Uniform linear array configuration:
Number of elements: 48
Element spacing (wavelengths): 0.25
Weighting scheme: uniform
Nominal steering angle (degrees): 15
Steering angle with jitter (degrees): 13.272
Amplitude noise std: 0.05
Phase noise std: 0.05

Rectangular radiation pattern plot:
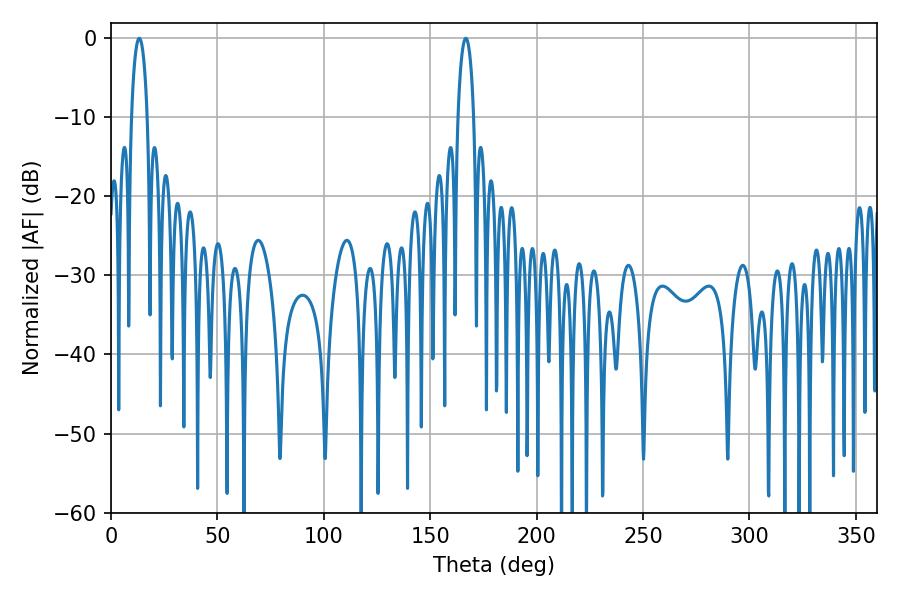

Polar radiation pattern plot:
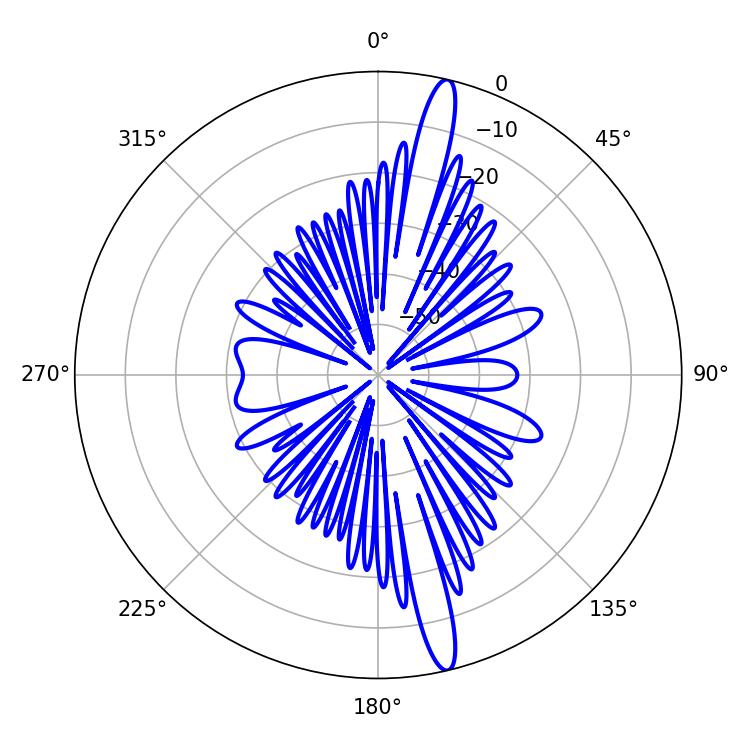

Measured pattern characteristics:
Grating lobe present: FALSE
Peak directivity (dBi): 17.074
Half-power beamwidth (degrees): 4.14
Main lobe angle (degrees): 13.32